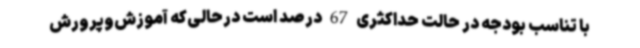
با تناسب بودجه در حالت حداکثری 67 درصد است درحالی‌که آموزش‌وپرورش